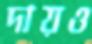
দায়ও